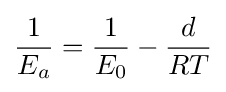
{\frac {1}{E_{a}}}={\frac {1}{E_{0}}}-{\frac {d}{RT}}